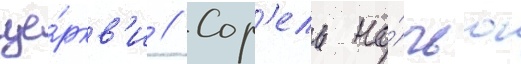
це́ркв'и // Сор'ель но́чью